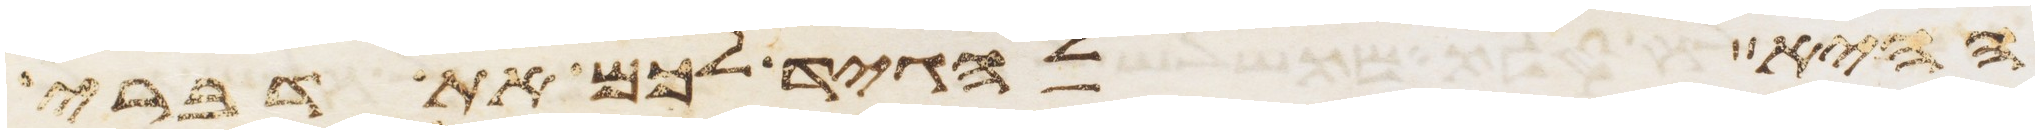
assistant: ההיא להגיד לכם את דברי